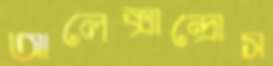
আলেক্সান্দ্রোস